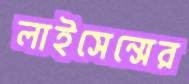
লাইসেন্সের